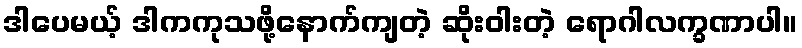
ဒါပေမယ့် ဒါကကုသဖို့နောက်ကျတဲ့ ဆိုးဝါးတဲ့ ရောဂါလက္ခဏာပါ။